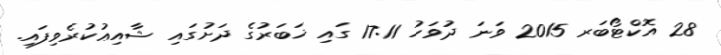
28 އޮކްޓޯބަރ 2015 ވަނަ ދުވަހު 17:11 ގައި ޚަބަރުގެ ދަށުގައި ޝާއިޢުކުރެވިފައި.